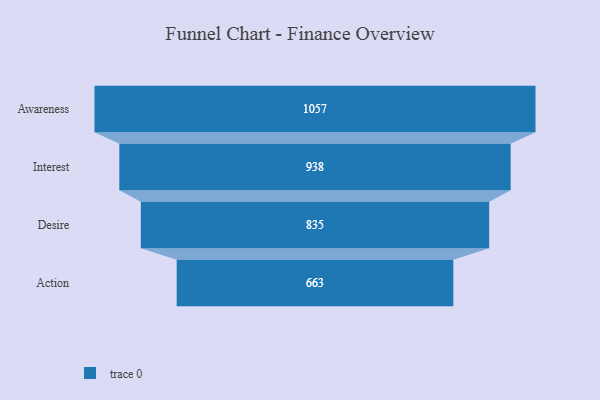
{"axis": {"x": "Stage", "y": "Value"}, "legend": [""], "data": [{"x": "Awareness", "y": 1057.0, "type": ""}, {"x": "Interest", "y": 938.0, "type": ""}, {"x": "Desire", "y": 835.0, "type": ""}, {"x": "Action", "y": 663.0, "type": ""}]}